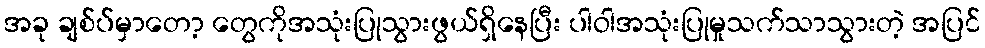
အခု ချစ်ပ်မှာတော့ တွေကိုအသုံးပြုသွားဖွယ်ရှိနေပြီး ပါဝါအသုံးပြုမှုသက်သာသွားတဲ့ အပြင်